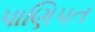
પાણિપત